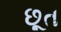
છૂત